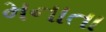
મનાતા